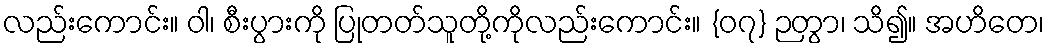
လည်းကောင်း။ ဝါ၊ စီးပွားကို ပြုတတ်သူတို့ကိုလည်းကောင်း။ {၀၇} ဉတွာ၊ သိ၍။ အဟိတေ၊